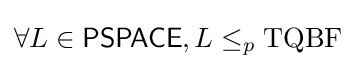
\forall L\in {\mathsf {PSPACE}},L\leq _{p}\mathrm {TQBF}